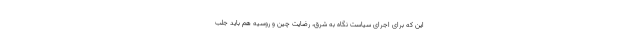
این که برای اجرای سیاست نگاه به شرق، رضایت چین و روسیه هم باید جلب